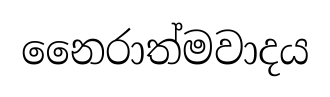
නෛරාත්මවාදය